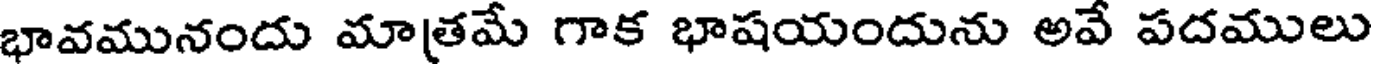
భావమునందు మాత్రమే గాక భాషయందును అవే పదములు